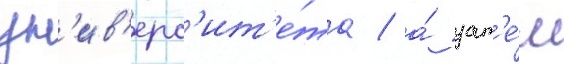
ун'ив'ерс'ит'е́та / а́ зат'е́м